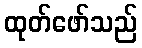
ထုတ်ဖော်သည်